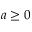
a \geq 0